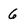
Character: 6